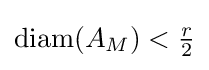
\operatorname {diam} (A_{M})<{\tfrac {r}{2}}